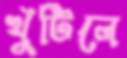
খুঁটিলে